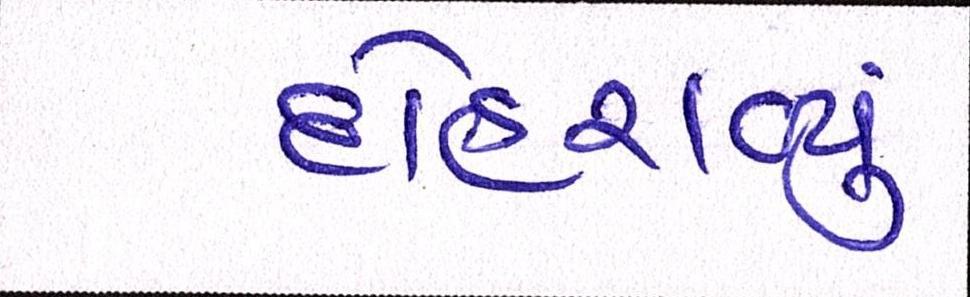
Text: દોહરાવ્યું